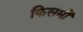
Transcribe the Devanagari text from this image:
किसमों